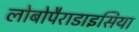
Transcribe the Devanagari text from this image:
लोबोपैराडाइसिया